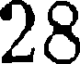
28